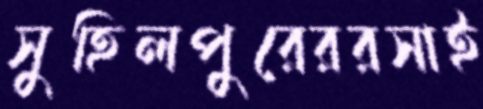
সুহিলপুরেররসাই